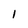
Character: 1